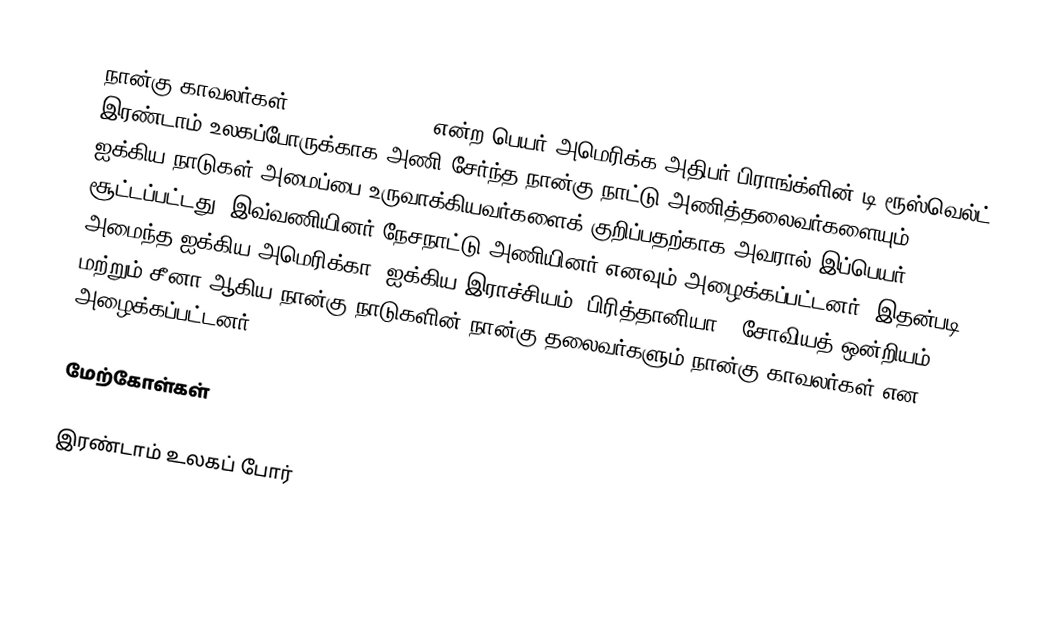
நான்கு காவலர்கள் (Four Policemen) என்ற பெயர் அமெரிக்க அதிபர் பிராங்க்ளின் டி ரூஸ்வெல்ட் இரண்டாம் உலகப்போருக்காக அணி சேர்ந்த நான்கு நாட்டு அணித்தலைவர்களையும், ஐக்கிய நாடுகள் அமைப்பை உருவாக்கியவர்களைக் குறிப்பதற்காக அவரால் இப்பெயர் சூட்டப்பட்டது. இவ்வணியினர் நேசநாட்டு அணியினர் எனவும் அழைக்கப்பட்டனர். இதன்படி அமைந்த ஐக்கிய அமெரிக்கா, ஐக்கிய இராச்சியம் (பிரித்தானியா), சோவியத் ஒன்றியம், மற்றும் சீனா ஆகிய நான்கு நாடுகளின் நான்கு தலைவர்களும் நான்கு காவலர்கள் என அழைக்கப்பட்டனர்.

மேற்கோள்கள்

இரண்டாம் உலகப் போர்